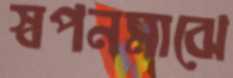
স্বপনমাঝে